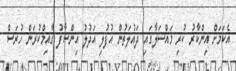
އެކަމަށް އިންކާރު ކުރި މައްސަލާގައި ދައުލަތުން އުފުލި އަދުލު އިންސާފު ގާއިމްކުރަން ހުރަސް